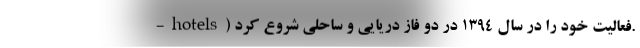
-hotels) فعالیت خود را در سال 1394 در دو فاز دریایی و ساحلی شروع کرد.